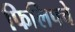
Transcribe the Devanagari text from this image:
फिलिपचे